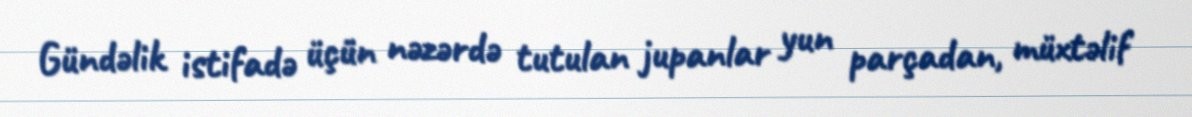
Gündəlik istifadə üçün nəzərdə tutulan jupanlar yun parçadan, müxtəlif